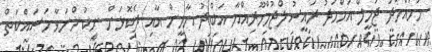
މުހައްމަދު ޖަމީލް އަހްމަދު ރައީސުލްޖުމްހޫރިއްޔާ އަބްދު ޔާމީން އާއި ދެކޮޅަށް ނިކުންނަވާ މަަސައްކަތް